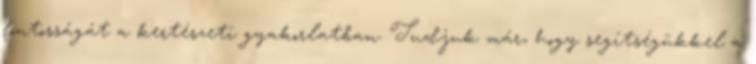
fontosságát a kertészeti gyakorlatban. Tudjuk már, hogy segítségükkel a